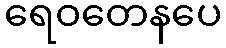
ရေဝတေနပေ